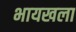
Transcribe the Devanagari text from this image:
भायखला